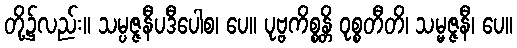
တို့၌လည်း။ သမ္ပဇ္ဇနီပဒီပေါစ၊ ပေ။ ပုဗ္ဗကိစ္စန္တိ ဝုစ္စတီတိ၊ သမ္မဇ္ဇနီ၊ ပေ။